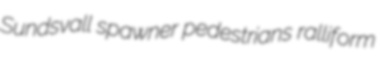
Sundsvall spawner pedestrians ralliform